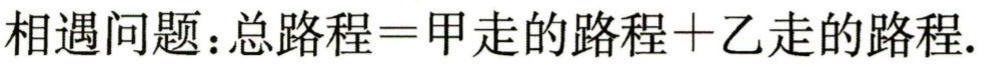
相遇问题：总路程=甲走的路程+乙走的路程.